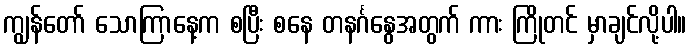
ကျွန်တော် သောကြာနေ့က စပြီး စနေ တနင်္ဂနွေအတွက် ကား ကြိုတင် မှာချင်လို့ပါ။